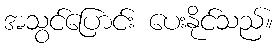
အသွင်ပြောင်း ပေးနိုင်သည်။